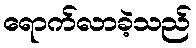
ရောက်လာခဲ့သည်